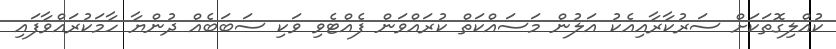
ކުއްލިގޮތަކަށް ސަރުކާރާއިއެކު އަލުން މަސައްކަތް ކުރައްވަން ފެއްޓެވި ވަކި ސަބަބެއް ދުންޔާ ހާމަކުރައްވާފައި